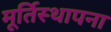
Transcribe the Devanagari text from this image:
मूर्तिस्थापना